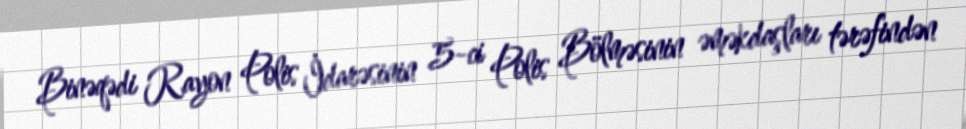
Binəqədi Rayon Polis İdarəsinin 5-ci Polis Bölməsinin əməkdaşları tərəfindən